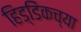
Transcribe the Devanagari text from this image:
हिड्डिंकच्या